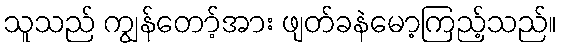
သူသည် ကျွန်တော့်အား ဖျတ်ခနဲမော့ကြည့်သည်။